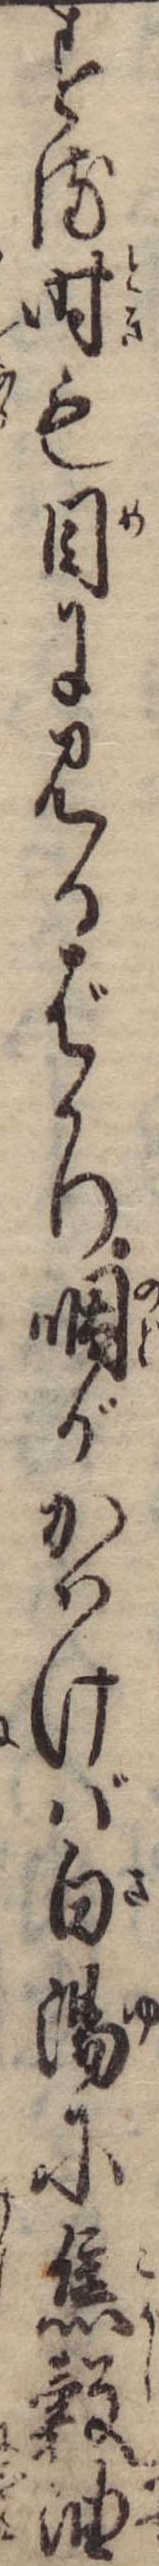
する時も目に見るばかり咽がかはけば白湯に焦穀油